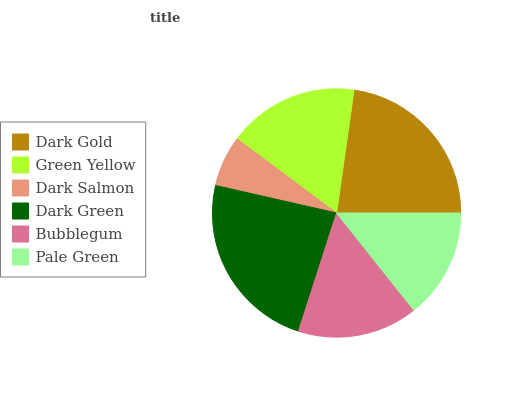
| Dark Gold | Green Yellow | Dark Salmon | Dark Green | Bubblegum | Pale Green |
 | --- | --- | --- | --- | --- | --- |
 | 22.8% | 17% | 6.64% | 23.6% | 15.7% | 14.3% |